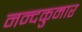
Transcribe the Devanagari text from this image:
नन्दकुमार